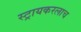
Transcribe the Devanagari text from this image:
स्ट्रायकरलाच